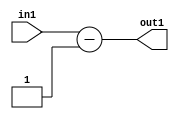
`timescale 1ps / 1ps
/*****************************************************************************
    Verilog RTL Description
    
    
    Created by: Stratus DpOpt 2019.1.01 
*******************************************************************************/

module feature_write_addr_gen_Subi1u3_4_1 (
	in1,
	out1
	); /* architecture "behavioural" */ 
input [2:0] in1;
output [2:0] out1;
wire [2:0] asc001;

assign asc001 = 
	+(in1)
	-(3'B001);

assign out1 = asc001;
endmodule

/* CADENCE  urn5Qwk= : u9/ySgnWtBlWxVPRXgAZ4Og= ** DO NOT EDIT THIS LINE ******/